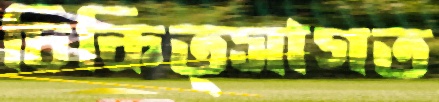
চিকিত্সাগত